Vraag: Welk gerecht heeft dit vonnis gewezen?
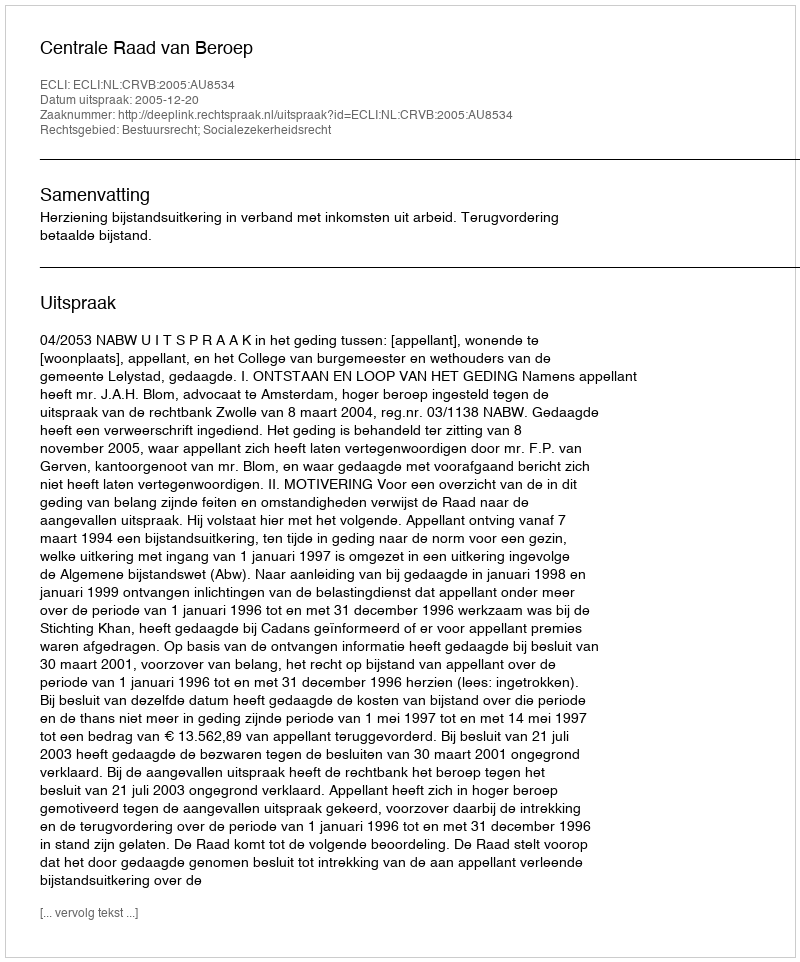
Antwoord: Centrale Raad van Beroep